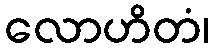
လောဟိတံ၊